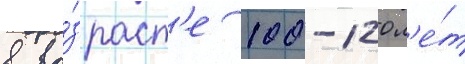
в во́зраст'е 100-120 л'е́т